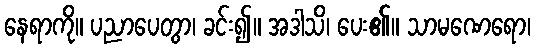
နေရာကို။ ပညာပေတွာ၊ ခင်း၍။ အဒါသိ၊ ပေး၏။ သာမဏေရော၊